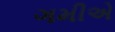
ગમીએ